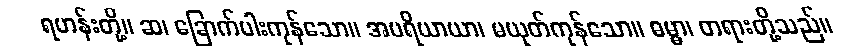
ရဟန်းတို့။ ဆ၊ ခြောက်ပါးကုန်သော။ အပရိယာယာ၊ မယုတ်ကုန်သော။ ဓမ္မာ၊ တရားတို့သည်။